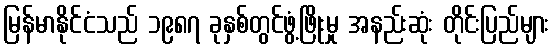
မြန်မာနိုင်ငံသည် ၁၉၈၇ ခုနှစ်တွင်ဖွံ့ဖြိုးမှု အနည်းဆုံး တိုင်းပြည်များ